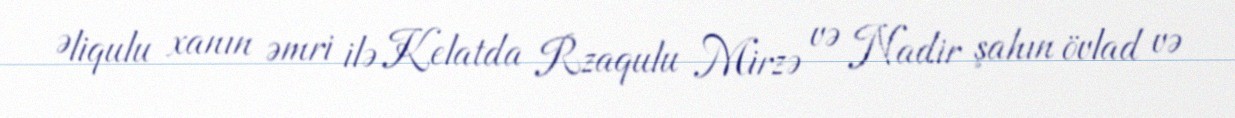
Əliqulu xanın əmri ilə Kelatda Rzaqulu Mirzə və Nadir şahın övlad və